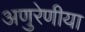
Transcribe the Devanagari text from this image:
अणुरेणीया